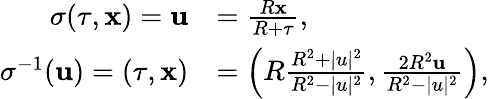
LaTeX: {\begin{array}{rl}{\sigma(\tau,\mathbf{x})=\mathbf{u}}&{={\frac{R\mathbf{x}}{R+\tau}},}\\ {\sigma^{-1}(\mathbf{u})=(\tau,\mathbf{x})}&{=\left(R{\frac{R^{2}+|u|^{2}}{R^{2}-|u|^{2}}},{\frac{2R^{2}\mathbf{u}}{R^{2}-|u|^{2}}}\right),}\end{array}}